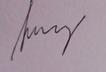
Signature authenticity: genuine